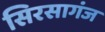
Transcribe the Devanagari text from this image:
सिरसागंज